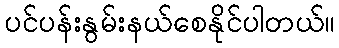
ပင်ပန်းနွမ်းနယ်စေနိုင်ပါတယ်။